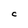
Character: C